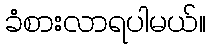
ခံစားလာရပါမယ်။